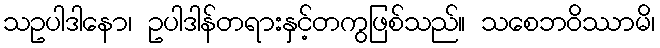
သဥပါဒါနော၊ ဥပါဒါန်တရားနှင့်တကွဖြစ်သည်။ သစေဘဝိဿာမိ၊